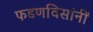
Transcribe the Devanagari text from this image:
फडणविसांनीं